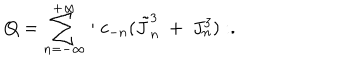
Q = { \sum _ { n = - \infty } ^ { + \infty } } : c _ { - n } ( \tilde { J } _ { n } ^ { 3 } ~ + ~ J _ { n } ^ { 3 } ) : .